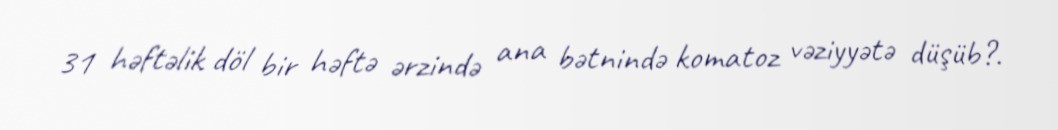
31 həftəlik döl bir həftə ərzində ana bətnində komatoz vəziyyətə düşüb?.